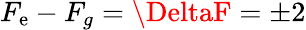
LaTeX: F_{\mathrm{e}}-F_{g}=\DeltaF=\pm2